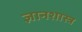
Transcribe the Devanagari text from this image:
ज्ञानशास्त्र